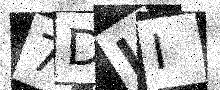
Text: 7DII